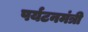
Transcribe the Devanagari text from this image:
पर्यटनमंत्री